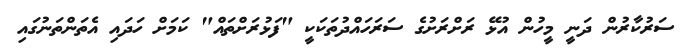
ސަރުކާރުން ދަނީ މީހުން އުޅޭ ރަށްރަށުގެ ސަރަހައްދުތަކަކީ "ފަޅުރަށްތައް" ކަމަށް ހަދައި އެތަންތަނުގައި